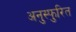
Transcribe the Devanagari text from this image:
अनुस्फुरित